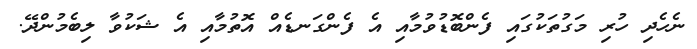
ނެހެދި ހުރި މަގުތަކުގައި ފެންބޮޑުވުމާއި އެ ފެންގަނޑެއް އޮތުމާއި އެ ޝަކުވާ ލިބެމުންދޭ.